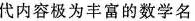
代内容极为丰富的数学名